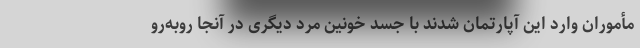
مأموران وارد این آپارتمان شدند با جسد خونین مرد دیگری در آنجا روبه‌رو